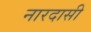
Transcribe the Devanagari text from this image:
नारदासी